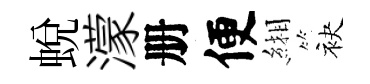
蛻濛册便緗袂